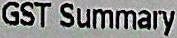
GST SUMMARY